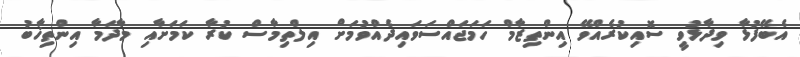
އެބޭފުޅާ ވިދާޅުވީ ސޮއިކުރެއްވޭ އިންތިޒާމް ހަމަޖައްސަވައިދެއްވުމަށް އިލްތިމާސް ކުރާ ކަމަށާއި މާދަމާ އިންތިޚާބު